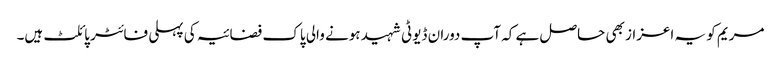
مریم کو یہ اعزاز بھی حاصل ہے کہ آپ دوران ڈیوٹی شہید ہونے والی پاک فضائیہ کی پہلی فائٹر پائلٹ ہیں۔